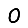
Digit: 0